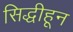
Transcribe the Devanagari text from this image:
सिद्धीहून